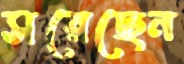
সরেছেন